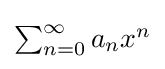
{\textstyle \sum _{n=0}^{\infty }a_{n}x^{n}}